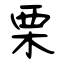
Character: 栗